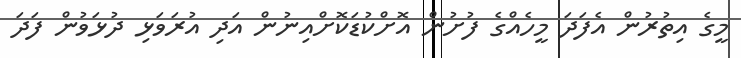
މީގެ އިތުރުން އެފަދަ މީހެއްގެ ފުށުން އޮށްކުޑަކޮށްއިނުން އަދި އުރަވަޅި ދުޅަވުން ފަދަ